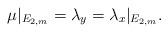
LaTeX: \begin{align*}\mu|_{E_{2,m}}= \lambda_y =\lambda_x|_{E_{2,m}}.\end{align*}